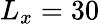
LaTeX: L_{x}=30